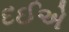
દઈએ